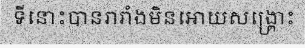
ទីនោះបានរារាំងមិនអោយសង្គ្រោះ